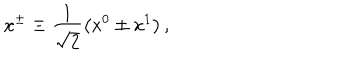
x ^ { \pm } \equiv \frac { 1 } { \sqrt { 2 } } \left( x ^ { 0 } \pm x ^ { 1 } \right) ,